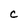
Character: c